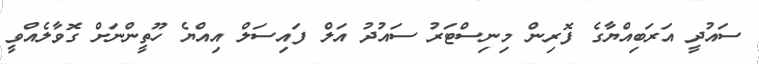
ސައުދީ އަރަބިއްޔާގެ ފޮރިން މިނިސްޓަރު ސައުދު އަލް ފައިސަލް އިއްޔެ ހޫތީންނަށް ގޮވާލެއްވީ